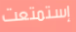
إستمتعت